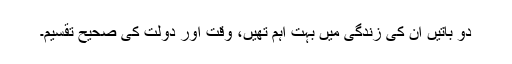
دو باتیں ان کی زندگی میں بہت اہم تھیں، وقت اور دولت کی صحیح تقسیم۔